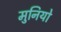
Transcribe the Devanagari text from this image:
मुनियो